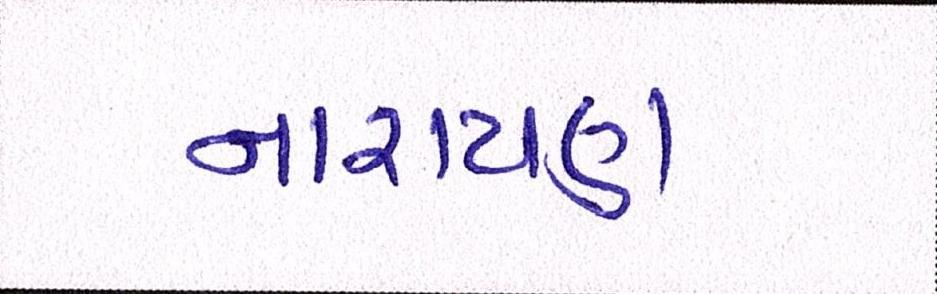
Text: નારાયણ